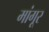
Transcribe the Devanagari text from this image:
मांगूर